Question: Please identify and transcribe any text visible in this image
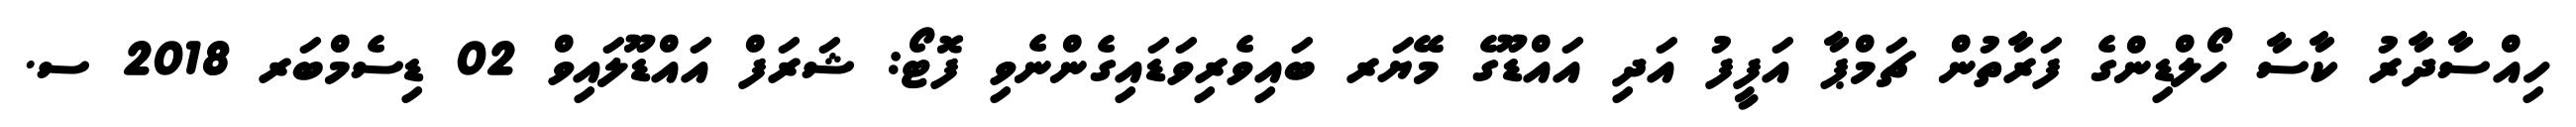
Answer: ހިއްސާދާރު ކާސާ ހޯލްޑިންގެ ފަރާތުން ޗަމްޕާ އަފީފު އަދި އައްޑޫގެ މޭޔަރ ބައިވެރިވަޑައިގެންނެވި ފޮޓޯ: ޝަރަފް އައްޑޫލައިވް 02 ޑިސެމްބަރ 2018 ސ.